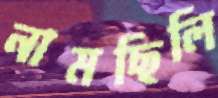
নামছিলি